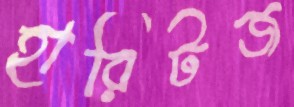
হারিটজ